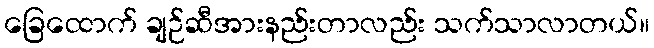
ခြေထောက် ချဉ်ဆီအားနည်းတာလည်း သက်သာလာတယ်။